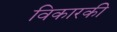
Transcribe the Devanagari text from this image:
विकारकी